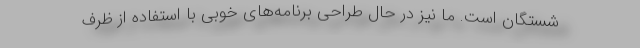
شستگان است. ما نیز در حال طراحی برنامه‌های خوبی با استفاده از ظرف